Vaccination in the Punjab 1867-1880 - 1867-1880
Year: 1867
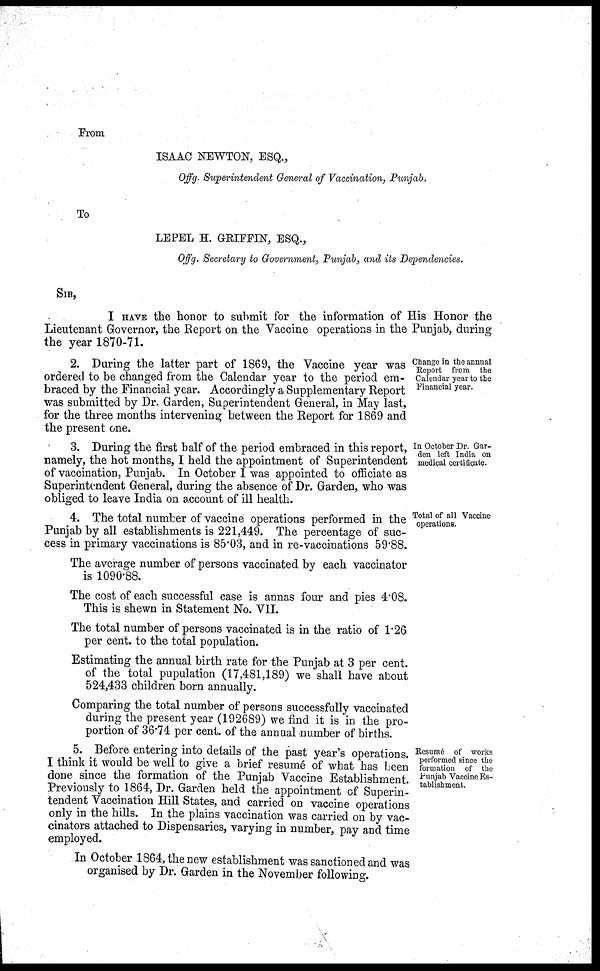
From
ISAAC NEWTON, ESQ.,
Offg. Superintendent General of Vaccination, Punjab.
To
LEPEL H. GRIFFIN, ESQ.,
Offg. Secretary to Government, Punjab, and its Dependencies.
SIR,
I HAVE the honor to submit for the information of His Honor the
Lieutenant Governor, the Report on the Vaccine operations in the Punjab, during
the year 1870-71.
Change in the annual
Report from the
Calendar year to the
Financial year.
2. During the latter part of 1869, the Vaccine year was
ordered to be changed from the Calendar year to the period em-
braced by the Financial year. Accordingly a Supplementary Report
was submitted by Dr. Garden, Superintendent General, in May last,
for the three months intervening between the Report for 1869 and
the present one.
In October Dr. Gar-
den left India on
medical certificate.
3. During the first half of the period embraced in this report,
namely, the hot months, I held the appointment of Superintendent
of vaccination, Punjab. In October I was appointed to officiate as
Superintendent General, during the absence of Dr. Garden, who was
obliged to leave India on account of ill health.
Total of all Vaccine
operations.
4. The total number of vaccine operations performed in the
Punjab by all establishments is 221,449. The percentage of suc-
cess in primary vaccinations is 85.03, and in re-vaccinations 59.88.
The average number of persons vaccinated by each vaccinator
is 1090.88.
The cost of each successful case is annas four and pies 4.08.
This is shewn in Statement No. VII.
The total number of persons vaccinated is in the ratio of 1.26
per cent. to the total population.
Estimating the annual birth rate for the Punjab at 3 per cent.
of the total pupulation (17,481,189) we shall have about
524,433 children born annually.
Comparing the total number of persons successfully vaccinated
during the present year (192689) we find it is in the pro-
portion of 36.74 per cent. of the annual number of births.
Resumé of works
performed since the
formation of the
Punjab Vaccine Es-
tablishment.
5. Before entering into details of the past year's operations.
I think it would be well to give a brief resumé of what has been
done since the formation of the Punjab Vaccine Establishment.
Previously to 1864, Dr. Garden held the appointment of Superin-
tendent Vaccination Hill States, and carried on vaccine operations
only in the hills. In the plains vaccination was carried on by vac-
cinators attached to Dispensaries, varying in number, pay and time
employed.
In October 1864, the new establishment was sanctioned and was
organised by Dr. Garden in the November following.